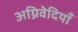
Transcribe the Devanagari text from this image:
अग्निवेदियाँ